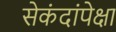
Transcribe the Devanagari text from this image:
सेकंदांपेक्षा